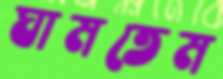
ঘামতেম